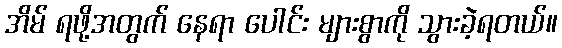
အိမ် ရဖို့အတွက် နေရာ ပေါင်း များစွာကို သွားခဲ့ရတယ်။